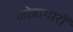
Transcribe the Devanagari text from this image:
कोष्ठागारों